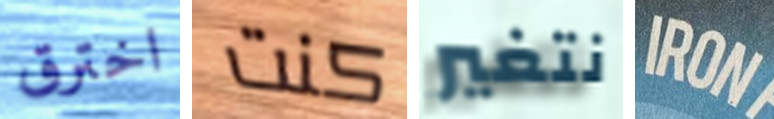
اخترق كنت نتغير IRON